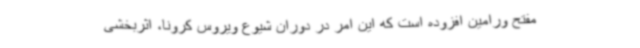
مفتح ورامین افزوده است که این امر در دوران شیوع ویروس کرونا، اثربخشی